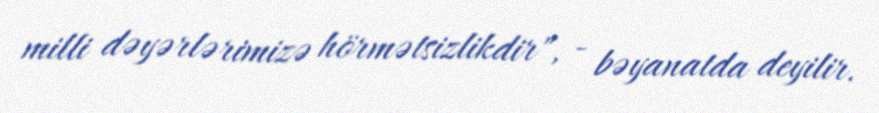
milli dəyərlərimizə hörmətsizlikdir", - bəyanatda deyilir.